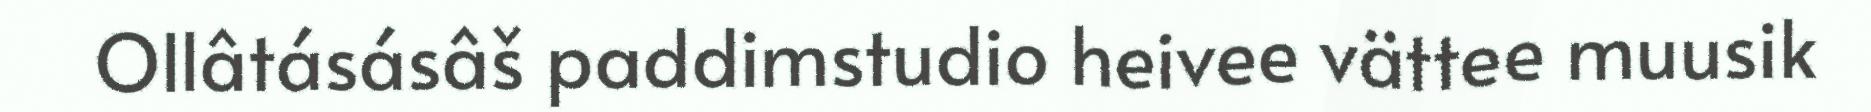
Ollâtásásâš paddimstudio heivee vättee muusik